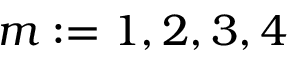
m : = 1 , 2 , 3 , 4